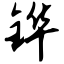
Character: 铧